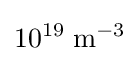
10^{19}\;{\text{m}}^{-3}